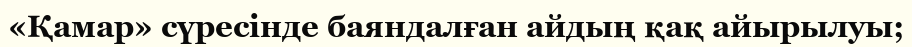
«Қамар» сүресінде баяндалған айдың қақ айырылуы;